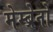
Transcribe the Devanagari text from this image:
मेम्ब्रेनों